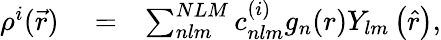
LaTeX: \begin{array}{rlr}{\rho^{{}i}(\vec{r})}&{{}=}&{\sum_{nlm}^{NLM}c_{nlm}^{(i)}g_{n}(r)Y_{lm}\left(\hat{r}\right),}\end{array}